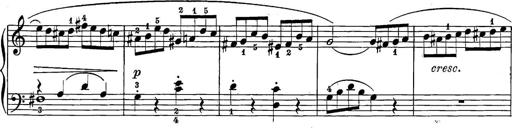
Title: 12 Sonatine per Pianoforte
Composer: Friedrich Kuhlau